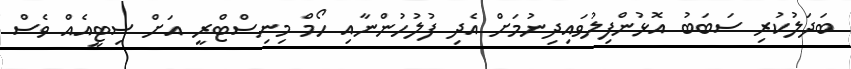
ބަދަލުކުރި ސަބަބު އޮޅުންފިލުވައިދިނުމަށް އެދި ފުލުހުންނާއި ހޯމް މިނިސްޓްރީ އަށް ސިޓީއެއް ވެސް